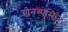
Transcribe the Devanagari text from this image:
ग्रीनस्पेसिज़